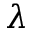
\lambda